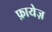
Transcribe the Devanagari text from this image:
फ़ायेज़